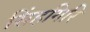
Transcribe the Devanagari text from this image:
सिंहगिरि